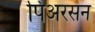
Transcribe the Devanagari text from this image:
पिअरसन